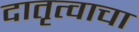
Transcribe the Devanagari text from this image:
दातृत्वाचा